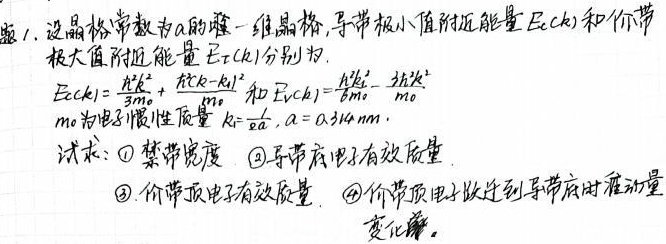
1. 设晶格常数为\(a\)的一维晶格，导带极小值附近能量\(E_{c}(k)\)和价带极大值附近能量\(E_{V}(k)\)分别为：\(E_{c}(k)=\frac{\hbar^{2}k^{2}}{3m_{0}}+\frac{\hbar^{2}(k - k_{1})^{2}}{m_{0}}\)和\(E_{V}(k)=\frac{\hbar^{2}k^{2}}{6m_{0}}-\frac{3\hbar^{2}k^{2}}{m_{0}}\)。\(m_{0}\)为电子惯性质量，\(k_{1} = \frac{\pi}{2a}\)，\(a = 0.314nm\)。试求：\textcircled{1} 禁带宽度 \textcircled{2}导带底电子有效质量 \textcircled{3} 价带顶电子有效质量 \textcircled{4}价带顶电子跃迁到导带底时准动量变化量。